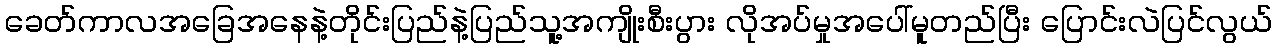
ခေတ်ကာလအခြေအနေနဲ့တိုင်းပြည်နဲ့ပြည်သူ့အကျိုးစီးပွား လိုအပ်မှုအပေါ်မူတည်ပြီး ပြောင်းလဲပြင်လွယ်